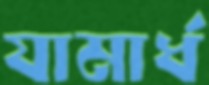
যামার্ধ